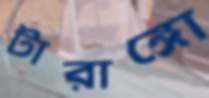
টারাঙ্গো